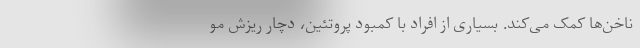
ناخن‌ها کمک می‌کند. بسیاری از افراد با کمبود پروتئین، دچار ریزش مو